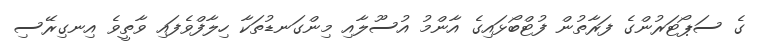
ގެ ސަޕޯޓަރުންގެ ފަރާތުން ފުޓްބޯޅައިގެ އާންމު އުސޫލާއި މިންގަނޑުތަކާ ހިލާފްވެފައި ވާތީވެ އިނގިރޭސި